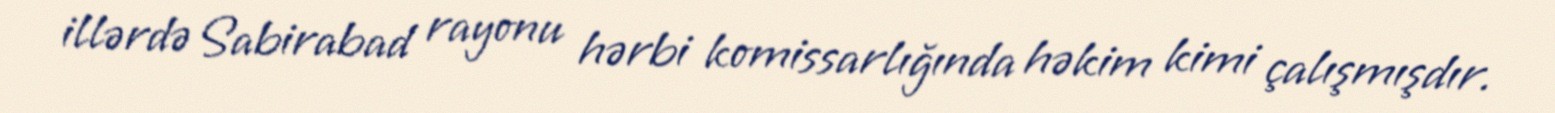
illərdə Sabirabad rayonu hərbi komissarlığında həkim kimi çalışmışdır.